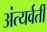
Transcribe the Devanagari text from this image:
अंत्यर्वर्ती